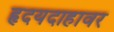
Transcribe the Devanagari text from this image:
हृदयदाहावर